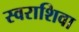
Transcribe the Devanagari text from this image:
स्वराशिवा